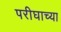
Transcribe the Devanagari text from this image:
परीघाच्या